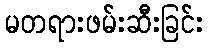
မတရားဖမ်းဆီးခြင်း